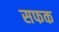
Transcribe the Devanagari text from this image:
सफक